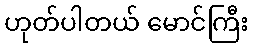
ဟုတ်ပါတယ် မောင်ကြီး